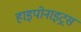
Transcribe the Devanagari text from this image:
हाइपोनाइट्रस